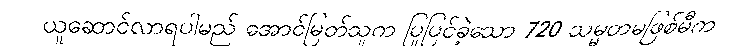
ယူဆောင်လာရပါမည် အောင်မြတ်သူက ပြုပြင်ခဲ့သော 720 သမ္မတမဖြစ်မီက